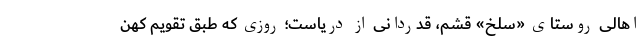
اهالی روستای «سَلخ»ِ قشم، قدردانی از دریاست؛ روزی که طبق تقویم کهن